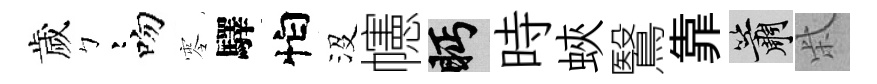
歲彎吻零驛怕沒幰眄時蛺鷖靠簫柴